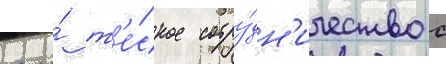
его́ т'е́сное сотру́дн'ичество с